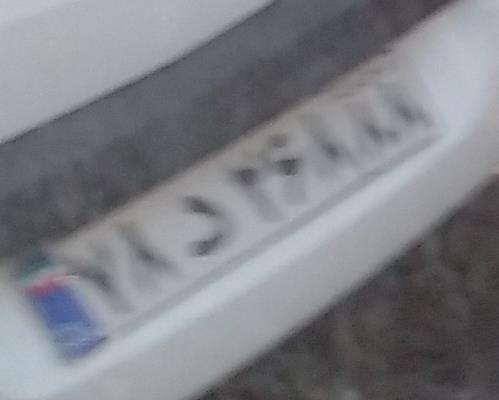
۷۸د۲۶۸۸۸